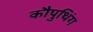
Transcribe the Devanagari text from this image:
कौपुथिंग